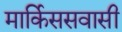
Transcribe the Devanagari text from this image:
मार्किससवासी